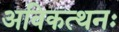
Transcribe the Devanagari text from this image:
अविकत्थनः